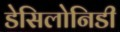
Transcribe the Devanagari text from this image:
डेसिलोनिडी